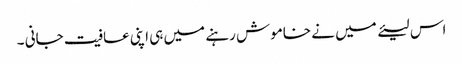
اس لیئے میں نے خاموش رہنے میں ہی اپنی عافیت جانی ۔